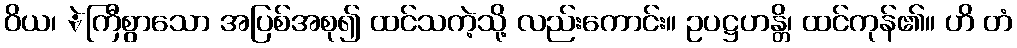
ဝိယ၊ ဲကြီစွာသော အပြစ်အစု၍ ထင်သကဲ့သို့ လည်းကောင်း။ ဥပဋ္ဌဟန္တိ၊ ထင်ကုန်၏။ ဟိ တံ